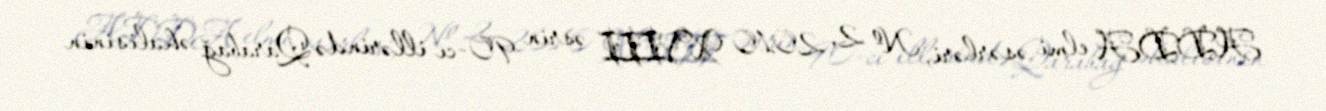
ADDA elmi əsərləri, № 2, 2010 XVIII əsrin 90-cı illərində Qarabağ əhalisinin